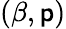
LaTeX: (\beta,\mathsf{p})